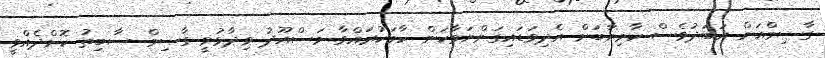
ގާސިމްއަށް އަބަދުވެސް ކާމިޔާބަށް އެދިވަޑައިގަންނަވާކަން ހާމަކުރައްވާ މަސްއޫދު ވިދާޅުވީ ގާސިމް ސާބިތު ކޮށްދެއްވީ